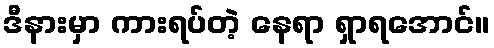
ဒီနားမှာ ကားရပ်တဲ့ နေရာ ရှာရအောင်။